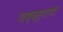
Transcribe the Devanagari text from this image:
शब्दरूपांची